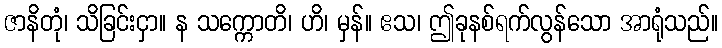
ဇာနိတုံ၊ သိခြင်းငှာ။ န သက္ကောတိ၊ ဟိ၊ မှန်။ ဧသ၊ ဤခုနစ်ရက်လွန်သော အာရုံသည်။